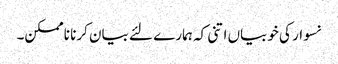
نسوار کی خوبیاں اتنی کہ ہمارے لئے بیان کرنا ناممکن۔